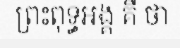
ព្រះពុទ្ធអង្គ គឺ ថា